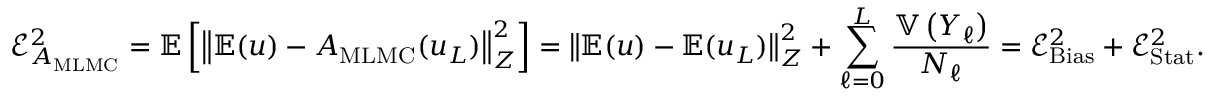
\mathcal { E } _ { A _ { \mathrm { M L M C } } } ^ { 2 } = \mathbb { E } \left[ \left\Vert \mathbb { E } ( u ) - A _ { \mathrm { M L M C } } ( u _ { L } ) \right\Vert _ { Z } ^ { 2 } \right] = \left\Vert \mathbb { E } ( u ) - \mathbb { E } ( u _ { L } ) \right\Vert _ { Z } ^ { 2 } + \sum _ { \ell = 0 } ^ { L } \frac { \mathbb { V } \left( Y _ { \ell } \right) } { N _ { \ell } } = \mathcal { E } _ { \mathrm { B i a s } } ^ { 2 } + \mathcal { E } _ { \mathrm { S t a t } } ^ { 2 } .